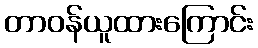
တာဝန်ယူထားကြောင်း